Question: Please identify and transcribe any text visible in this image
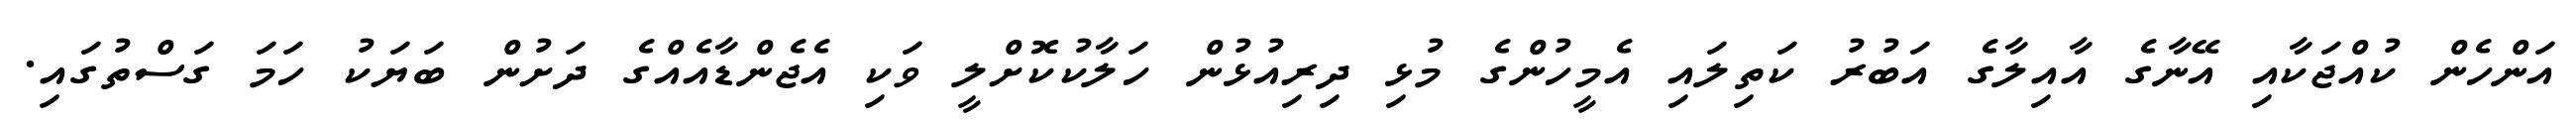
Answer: އަންހެން ކުއްޖަކާއި އޭނާގެ އާއިލާގެ އަބުރު ކަތިލައި އެމީހުންގެ މުޅި ދިރިއުޅުން ހަލާކުކޮށްލީ ވަކި އެޖެންޑާއެއްގެ ދަށުން ބަޔަކު ހަމަ ގަސްތުގައި.